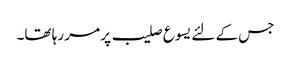
جس کے لئے یسوع صلیب پر مر رہا تھا۔